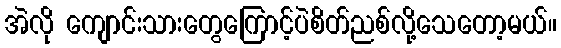
အဲလို ကျောင်းသားတွေကြောင့်ပဲစိတ်ညစ်လို့သေတော့မယ်။